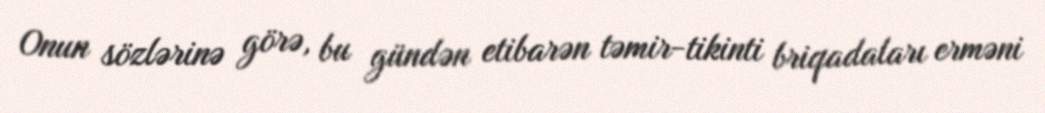
Onun sözlərinə görə, bu gündən etibarən təmir-tikinti briqadaları erməni